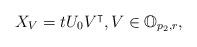
LaTeX: \begin{align*}X_V = t U_0 V^{\intercal}, V \in \mathbb{O}_{p_2, r},\end{align*}